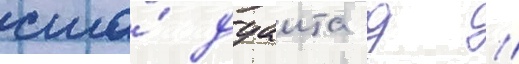
сша́ дуаита д //